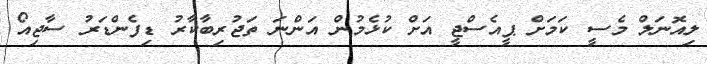
ލިއޮނަލް މެސީ ކަމަށް ޕީއެސްޖީ އަށް ކުޅެމުން އަންނަ ތަޖުރިބާކާރު ޑިފެންޑަރު ސާޖިއޯ